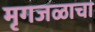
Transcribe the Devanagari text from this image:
मृगजळाचा